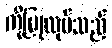
ကိုပြုလုပ်သည်